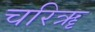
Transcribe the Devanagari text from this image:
चरिॠ